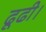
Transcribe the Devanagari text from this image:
ढूढी।